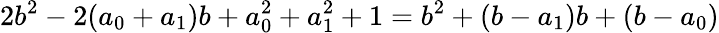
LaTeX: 2b^{2}-2(a_{0}+a_{1})b+a_{0}^{2}+a_{1}^{2}+1=b^{2}+(b-a_{1})b+(b-a_{0})